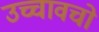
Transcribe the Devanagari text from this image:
उच्चावचो